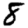
Digit: 8